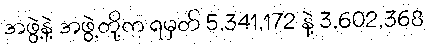
အဖွဲ့နဲ့ အဖွဲ့တို့က ရမှတ် 5,341,172 နဲ့ 3,602,368